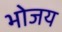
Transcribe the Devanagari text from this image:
भोजय